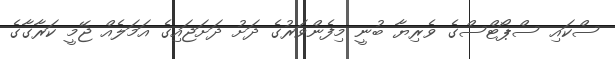
ސްކައި ސްޕޯޓްސްގެ ވެރިޔާ ބުނީ މިފެންވަރުގެ ދަށު ދަށަޖައިގެ އަމަލެއް ޖޭމީ ކަރާގާގެ